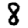
Digit: 8